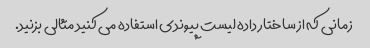
زمانی که از ساختار داده لیست پیوندی استفاده می کنید مثالی بزنید.